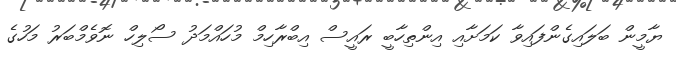
ޔާމީން ބަލައިގެންފައިވާ ކަމަށާއި އިންތިހާބީ ރައީސް އިބްރާހިމް މުހައްމަދު ސޯލިހް ނޮވެމްބަރު މަހުގެ